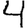
Digit: 4